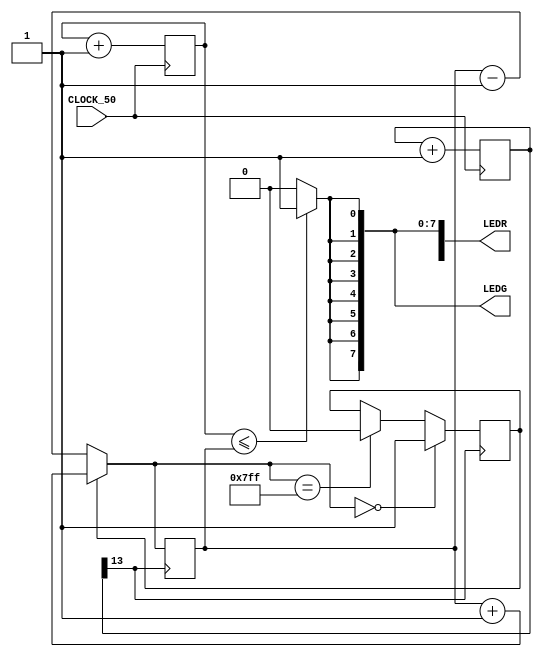
module pwmAll (input CLOCK_50,output [17:0] LEDR,output [7:0] LEDG);
reg [25:0] clk_div;
reg [10:0] pwm_width;
reg [10:0] pwm_cnt;
assign {LEDR,LEDG}=LED;
reg [26:0] LED;

reg increase;
wire pwm_out;
always @(posedge CLOCK_50) begin
pwm_cnt = pwm_cnt+8'b1;
end
assign pwm_out = (pwm_cnt <= pwm_width) ? 1'b1 : 1'b0;
initial begin
LED <= 0;
clk_div <= 0;
end
always @(*) LED = {26{pwm_out}};
always @(posedge CLOCK_50) begin
clk_div <= clk_div+26'b1;
end
always @(posedge clk_div[13]) begin
if (increase) pwm_width = pwm_width+1'b1; else pwm_width = pwm_width-1'b1;
if (pwm_width==11'd2047) increase=1'b0;
if (pwm_width==11'd0) increase=1'b1;
end
endmodule